Report on sanitation, dispensaries, and jails in Rajputana for 1914, and on vaccination for the year 1914-1915 - 1914-1915
Year: 1914
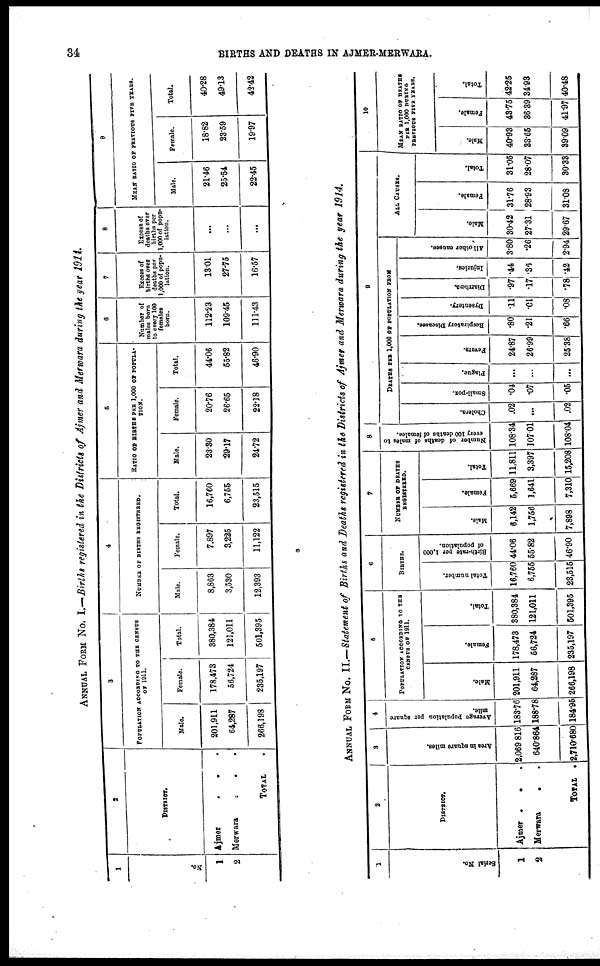
34
BIRTHS AND DEATHS IN AJMER-MERWARA.
ANNUAL FROM No. I.—Births registered in the Districts of Ajmer and Merwara during the year 1914.
1
No.
1
2
2
DISTRICT.
Ajmer
.
.
.
Merwara
.
.
.
TOTAL
.
3
POPULATION ACCORDING TO THE CENSUS
OF 1911.
Male
201,911
64,287
266,198
Female.
178,473
56,724
235,197
Total.
380,384
121,011
501,395
4
NUMBER OF BIRTHS REGISTERED.
Male.
8,863
3,530
12,393
Female.
7,897
3,225
11,122
Total.
16,760
6,755
23,515
5
RATIO OF BIRTHS PER 1,000 OF POPULA-
----.
Male.
23.30
29.17
24.72
Female.
20.76
26.65
22.18
Total.
44.06
55.82
46.90
6
Number of
males born
to every 100
females
born.
112.23
109.45
111.43
7
Excess of
births over
deaths per
1,000 of popu-
lation.
13.01
27.75
16.57
8
Excess of
deaths over
births per
1,000 of popu-
lation.
...
...
...
9
MEAN RATIO OF PERVIOUS FIVE YEARS.
Male.
21.46
25.54
22.45
Female.
18.82
23.59
19.97
Total.
40.28
49.13
42.42
ANNUAL FORM No. II.—Statement of Births and Deaths registered in the Districts of Ajmer and Merwara during the year 1914.
1
Serial No.
1
2
2
DISTRICT.
Ajmer . . .
Merwara . .
TOTAL .
3
Area in square miles.
2,069 816
640.864
2,710.680
4
Average population per square
mile.
183.76
188.78
184.95
5
POPULATION ACCORDING TO THE
CENSUS OF 1911.
Male.
201,911
64,287
266,198
Female.
178,473
56,724
235,197
Total.
380,384
121,011
501,395
6
BIRTHS.
Total number.
16,760
6,755
23,515
Birth-rate per 1,000
of population.
44.06
55.82
46.90
7
NUMBER OF DEATHS
REGISTERED.
Male.
6,142
1,756
7,898
Female.
5,669
1,641
7,310
Total.
11,811
3,397
15,208
8
Number of deaths of males to
every 100 deaths of females.
108.34
107.01
108.04
9
DEATHS PER 1,000 OF POPULATION FROM
Cholera.
.02
...
.02
Small-pox.
.04
.07
.05
Plague.
...
...
...
Fevers.
24.87
26.99
25.38
Respiratory Diseases.
.80
.21
.66
Dysentery.
.11
.01
.08
Diarrhœa.
.97
.17
.78
Injuries.
.44
.36
.42
All other causes.
3.80
.26
2.94
ALL CAUSES.
Male.
30.42
27.31
29.67
Female.
31.76
28.93
31.08
Total.
31.05
28.07
30.33
10
MEAN RATIO OF DEATHS
PER 1,000 DURING
PERVIOUS FIVE YEARS.
Male.
40.93
33.65
39.09
Female.
43.75
36.39
41.97
Total.
42.25
34.93
40.48